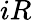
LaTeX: iR